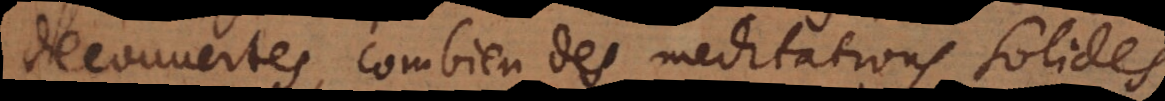
decouvertes, combien des meditations solides